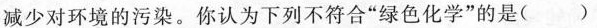
减少对环境的污染。你认为下列不符合”绿色化学”的是()